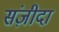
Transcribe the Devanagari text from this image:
संज़ीदा